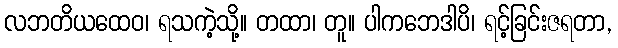
လဘတိယထေဝ၊ ရသကဲ့သို့။ တထာ၊ တူ။ ပါကဘေဒါပိ၊ ရင့်ခြင်းဇရတာ,